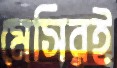
মেসিরই